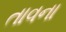
તાવના